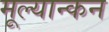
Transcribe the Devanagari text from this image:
मूल्यान्कन